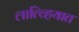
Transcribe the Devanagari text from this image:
लात्व्हियात